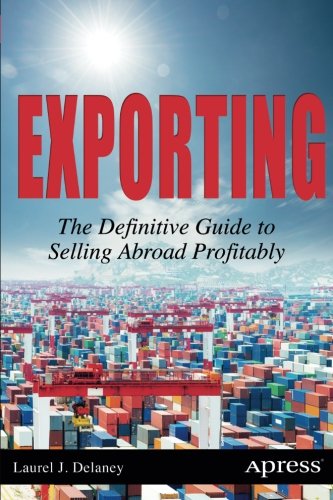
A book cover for Exporting: The Definitive Guide to Selling Abroad Profitably; Laurel J. Delaney; Business & Money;